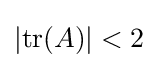
|\mathrm {tr} (A)|<2